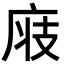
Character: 𢈧